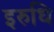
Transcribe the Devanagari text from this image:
इरुधि